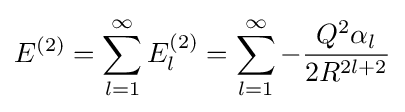
E^{(2)}=\sum _{l=1}^{\infty }E_{l}^{(2)}=\sum _{l=1}^{\infty }-{\frac {Q^{2}\alpha _{l}}{2R^{2l+2}}}